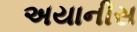
અયાનીસ